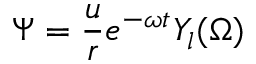
\Psi = \frac { u } { r } e ^ { - \omega t } Y _ { l } ( \Omega )